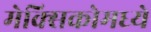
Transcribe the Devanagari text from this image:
मेक्‍सिकोमध्ये